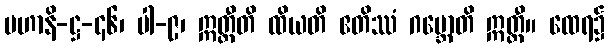
မဟာနိ-ဋ္ဌ-၄၆၊ ပါ-၉၊ ဣတ္ထီတိ ထိယတိ ဧတိဿံ ဂဗ္ဘောတိ ဣတ္ထီ။ ထေရ၌